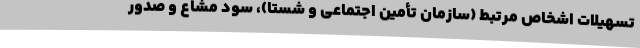
تسهیلات اشخاص مرتبط (سازمان تأمین اجتماعی و شستا)، سود مشاع و صدور